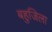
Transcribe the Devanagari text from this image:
बहुजिला